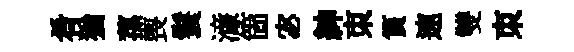
肴猶蓀喪鬟濓箇宓紳朿篔速雙朿